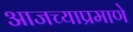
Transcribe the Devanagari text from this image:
आजच्याप्रमाणे